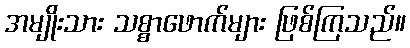
အမျိုးသား သစ္စာဖောက်များ ဖြစ်ကြသည်။